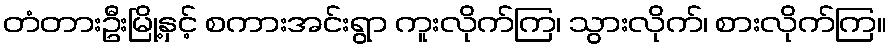
တံတားဦးမြို့နှင့် စကားအင်းရွာ ကူးလိုက်ကြ၊ သွားလိုက်၊ စားလိုက်ကြ။